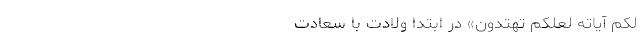
لَکُمْ آیَاتِهِ لَعَلَّکُمْ تَهْتَدُونَ» در ابتدا ولادت با سعادت